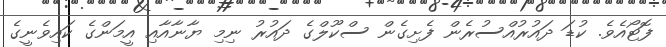
ފޮޓޯއެވެ. ކުޑަ ދައުރުއްސުރެން ފެށިގެން ސްކޫލްގެ ދައުރު ނިމި ޔާނާއާއި އީމަންގެ ކައިވެނީގެ